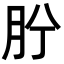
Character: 𦙝